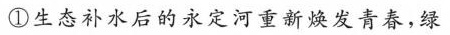
①生态补水后的永定河重新焕发青春，绿